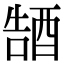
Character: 𮠭